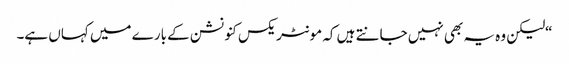
“لیکن وہ یہ بھی نہیں جانتے ہیں کہ مونٹریکس کنونشن کے بارے میں کہاں ہے۔